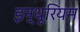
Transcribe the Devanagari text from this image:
इन्थूरियम